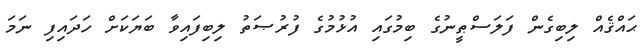
ޙައްޤެއް ލިބިގެން ފަލަސްޠީނުގެ ބިމުގައި އުޅުމުގެ ފުރުޞަތު ލިބިފައިވާ ބަޔަކަށް ހަދައިފި ނަމަ